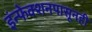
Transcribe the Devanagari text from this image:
इंन्फेक्शनपासूनही